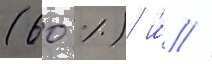
(60 %) и́ //